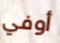
أوفي